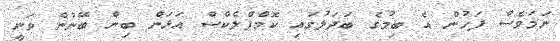
ނަމަވެސް ފަހުން އެ ބިމުގެ ބަދަލުގައި ކޮމްޕްލެކްސް އަޅަން ބިން ބޭނުން ވަނީ